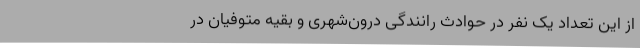
از این تعداد یک نفر در حوادث رانندگی درون‌شهری و بقیه متوفیان در